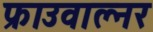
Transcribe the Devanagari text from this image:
फ्राउवाल्नर